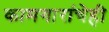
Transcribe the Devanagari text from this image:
कामगारांचेही